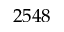
2 5 4 8